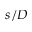
s / D